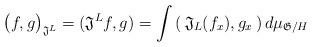
LaTeX: \begin{align*}\big(f, g \big)_{\mathfrak{J}^L} = (\mathfrak{J}^L f, g) = \int \, (\, \mathfrak{J}_L (f_x ), g_x \,) \, d\mu_{\mathfrak{G}/H}\end{align*}